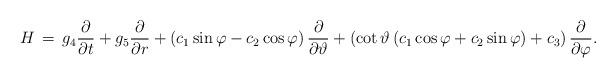
LaTeX: \begin{align*} H\,=\,{{g}_{4}}\frac{\partial }{\partial t}+{{g}_{5}}\frac{\partial }{\partial r}+\left( {{c}_{1}}\sin \varphi -{{c}_{2}}\cos \varphi \right)\frac{\partial }{\partial \vartheta }+\left( \cot \vartheta \left( {{c}_{1}}\cos \varphi +{{c}_{2}}\sin \varphi \right)+{{c}_{3}} \right)\frac{\partial }{\partial \varphi }.\end{align*}